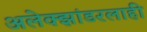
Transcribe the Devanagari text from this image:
अलेक्झांडरलाही